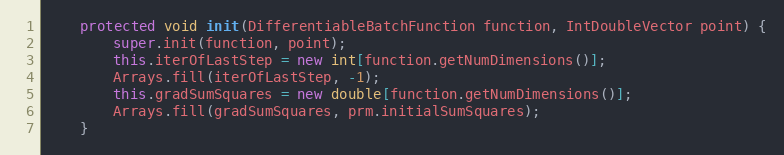
Language: Java
    protected void init(DifferentiableBatchFunction function, IntDoubleVector point) {
        super.init(function, point);
        this.iterOfLastStep = new int[function.getNumDimensions()];
        Arrays.fill(iterOfLastStep, -1);
        this.gradSumSquares = new double[function.getNumDimensions()];
        Arrays.fill(gradSumSquares, prm.initialSumSquares);
    }